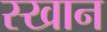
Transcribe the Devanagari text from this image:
स्खान